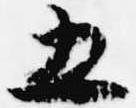
五